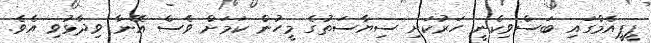
ޕީޕީއެމްގައި ބަސްވިކެނީ ހަރުކަށި ސިޔާސަތުގެ މީހުން ކަމަށް ވެސް އޭނާ ވިދާޅުވި އެވެ.